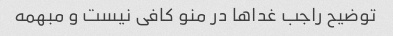
توضیح راجب غدا‌ها در منو کافی نیست و مبهمه